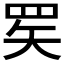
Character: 𬙜